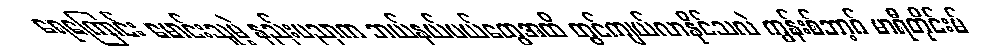
ရေကြောင်း မောင်းသူမဲ့ နည်းပညာက ဘယ်နယ်ပယ်တွေအထိ တွင်ကျယ်လာနိုင်သလဲ ကွန်းစ်ဘာ့ဂ် မာရီတိုင်းမ်